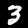
Label: 3